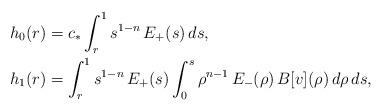
LaTeX: \begin{align*} \begin{aligned} h_0(r)&=c_*\int_r^1 s^{1-n}\,E_+(s)\,ds, \\ h_1(r)&=\int_r^1 s^{1-n}\,E_+(s)\int_0^s \rho^{n-1}\,E_-(\rho)\,B[v](\rho)\,d\rho\,ds, \end{aligned} \end{align*}